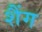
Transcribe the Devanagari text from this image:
शैंग